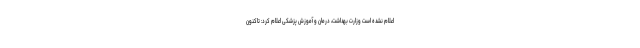
اعلام نشده است وزارت بهداشت، درمان و آموزش پزشکی اعلام کرد: تاکنون